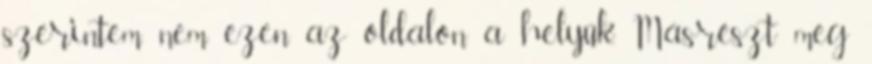
szerintem nem ezen az oldalon a helyük. Másrészt meg